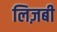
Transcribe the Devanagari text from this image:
लिज़बी